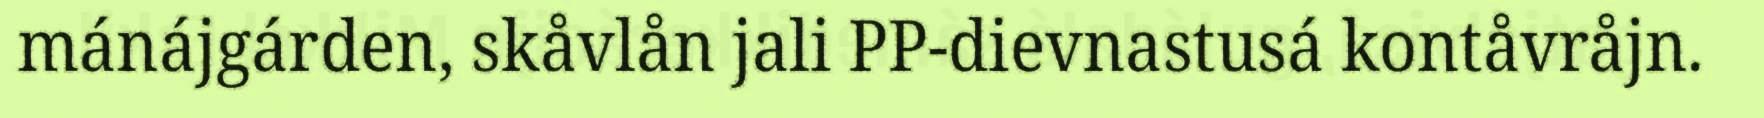
mánájgárden, skåvlån jali PP-dievnastusá kontåvråjn.